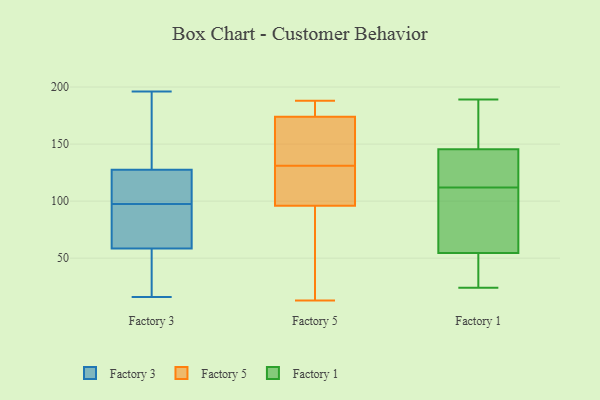
{"axis": {"x": "Market Share (%)", "y": "Value"}, "legend": ["Factory 1", "Factory 3", "Factory 5"], "data": [{"x": "", "y": 102, "type": "Factory 3"}, {"x": "", "y": 129, "type": "Factory 3"}, {"x": "", "y": 134, "type": "Factory 3"}, {"x": "", "y": 48, "type": "Factory 3"}, {"x": "", "y": 65, "type": "Factory 3"}, {"x": "", "y": 89, "type": "Factory 3"}, {"x": "", "y": 16, "type": "Factory 3"}, {"x": "", "y": 57, "type": "Factory 3"}, {"x": "", "y": 80, "type": "Factory 3"}, {"x": "", "y": 126, "type": "Factory 3"}, {"x": "", "y": 105, "type": "Factory 3"}, {"x": "", "y": 100, "type": "Factory 3"}, {"x": "", "y": 135, "type": "Factory 3"}, {"x": "", "y": 42, "type": "Factory 3"}, {"x": "", "y": 27, "type": "Factory 3"}, {"x": "", "y": 95, "type": "Factory 3"}, {"x": "", "y": 60, "type": "Factory 3"}, {"x": "", "y": 142, "type": "Factory 3"}, {"x": "", "y": 115, "type": "Factory 3"}, {"x": "", "y": 196, "type": "Factory 3"}, {"x": "", "y": 188, "type": "Factory 5"}, {"x": "", "y": 128, "type": "Factory 5"}, {"x": "", "y": 141, "type": "Factory 5"}, {"x": "", "y": 13, "type": "Factory 5"}, {"x": "", "y": 96, "type": "Factory 5"}, {"x": "", "y": 174, "type": "Factory 5"}, {"x": "", "y": 134, "type": "Factory 5"}, {"x": "", "y": 125, "type": "Factory 5"}, {"x": "", "y": 72, "type": "Factory 5"}, {"x": "", "y": 182, "type": "Factory 5"}, {"x": "", "y": 51, "type": "Factory 1"}, {"x": "", "y": 60, "type": "Factory 1"}, {"x": "", "y": 112, "type": "Factory 1"}, {"x": "", "y": 158, "type": "Factory 1"}, {"x": "", "y": 155, "type": "Factory 1"}, {"x": "", "y": 180, "type": "Factory 1"}, {"x": "", "y": 84, "type": "Factory 1"}, {"x": "", "y": 118, "type": "Factory 1"}, {"x": "", "y": 37, "type": "Factory 1"}, {"x": "", "y": 136, "type": "Factory 1"}, {"x": "", "y": 112, "type": "Factory 1"}, {"x": "", "y": 47, "type": "Factory 1"}, {"x": "", "y": 60, "type": "Factory 1"}, {"x": "", "y": 120, "type": "Factory 1"}, {"x": "", "y": 115, "type": "Factory 1"}, {"x": "", "y": 189, "type": "Factory 1"}, {"x": "", "y": 25, "type": "Factory 1"}, {"x": "", "y": 24, "type": "Factory 1"}, {"x": "", "y": 163, "type": "Factory 1"}, {"x": "", "y": 58, "type": "Factory 1"}]}